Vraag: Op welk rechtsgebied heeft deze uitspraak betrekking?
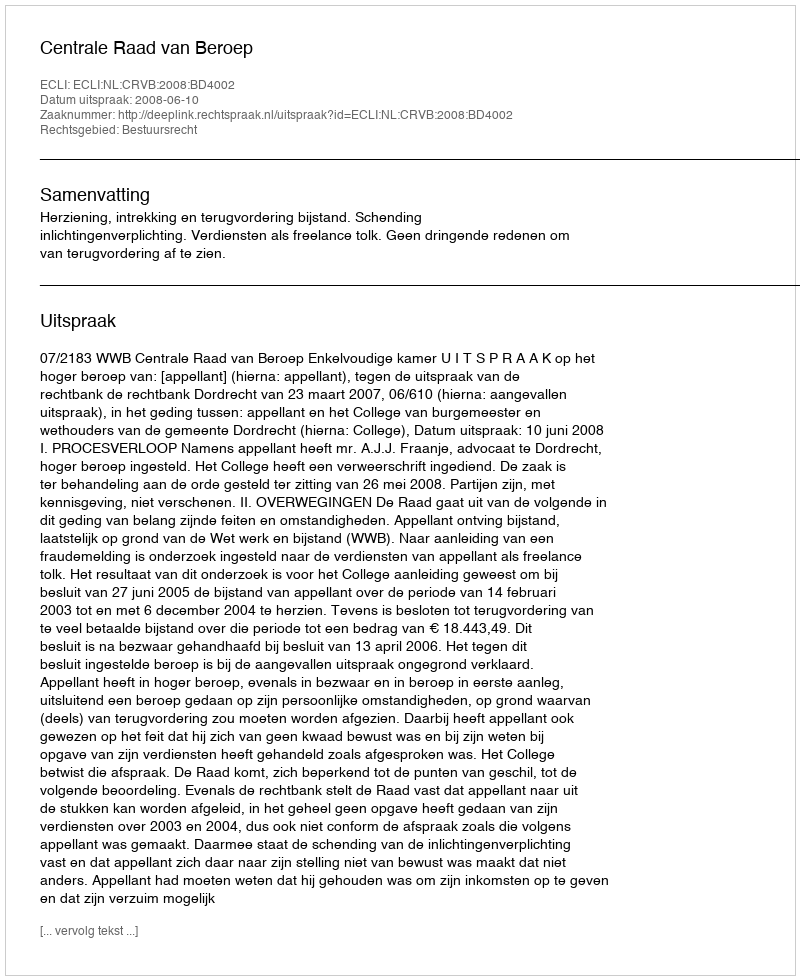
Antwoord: Bestuursrecht